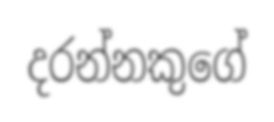
දරන්නකුගේ